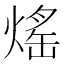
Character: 熎